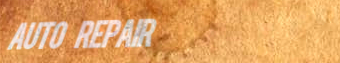
Auto Repair